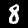
Digit: 8